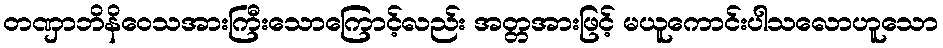
တဏှာဘိနိဝေသအားကြီးသောကြောင့်လည်း အတ္တအားဖြင့် မယူကောင်းပါသလောဟူသော